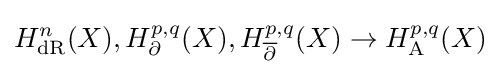
H_{\mathrm {dR} }^{n}(X),H_{\partial }^{p,q}(X),H_{\overline {\partial }}^{p,q}(X)\rightarrow H_{\mathrm {A} }^{p,q}(X)